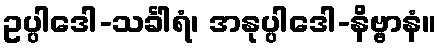
ဥပ္ပါဒေါ-သင်္ခါရံ၊ အနုပ္ပါဒေါ-နိဗ္ဗာနံ။